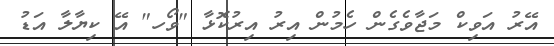
އޭރު އަވިކް މަޖާވެގެން ހެމުން އިރު އިރުކޮޅާ "ވޯހ" އޭ ކިޔާލާ އަޑު